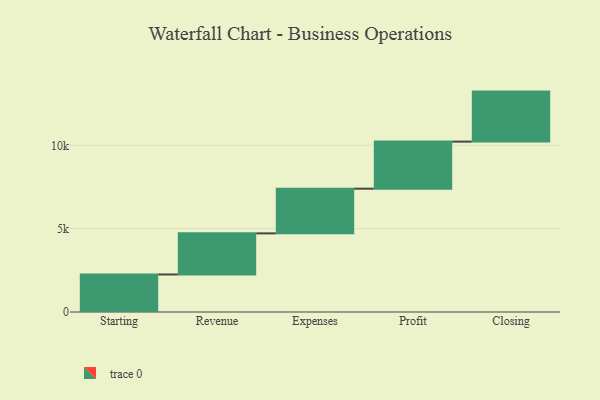
{"axis": {"x": "Step", "y": "Value"}, "legend": [""], "data": [{"x": "Starting", "y": 2251.0, "type": ""}, {"x": "Revenue", "y": 2466.0, "type": ""}, {"x": "Expenses", "y": 2680.0, "type": ""}, {"x": "Profit", "y": 2824.0, "type": ""}, {"x": "Closing", "y": 3000, "type": ""}]}